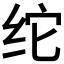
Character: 𰬉